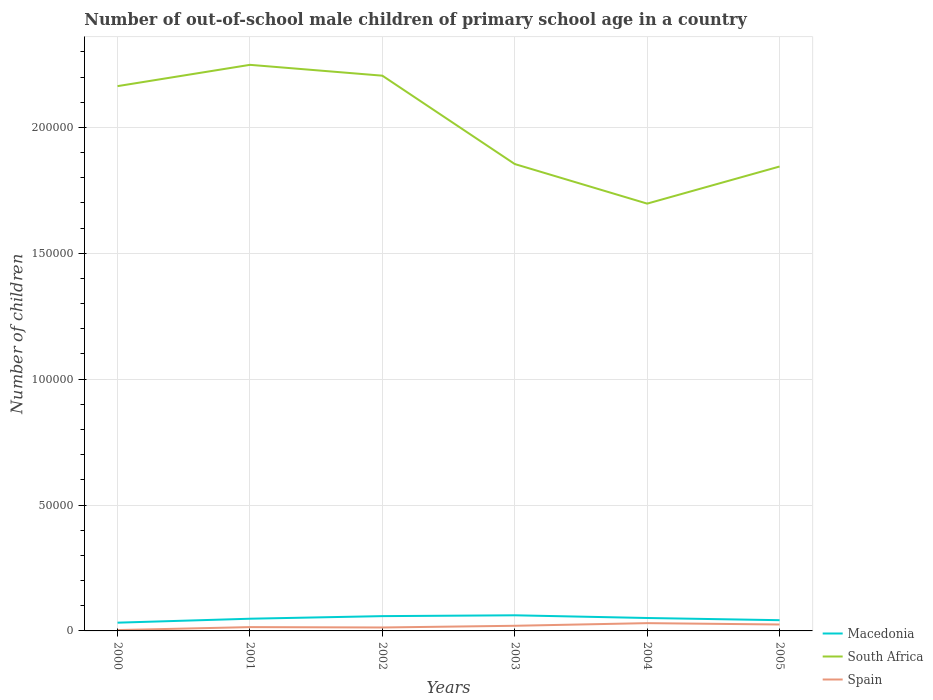
| Years | Macedonia | South Africa | Spain |
 | --- | --- | --- | --- |
 | 2000 | 3.27e+03 | 2.16e+05 | 344 |
 | 2001 | 4.84e+03 | 2.25e+05 | 1.51e+03 |
 | 2002 | 5.88e+03 | 2.21e+05 | 1.37e+03 |
 | 2003 | 6.21e+03 | 1.85e+05 | 2.04e+03 |
 | 2004 | 5.13e+03 | 1.7e+05 | 3.09e+03 |
 | 2005 | 4.26e+03 | 1.84e+05 | 2.55e+03 |